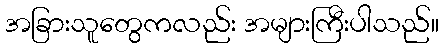
အခြားသူတွေကလည်း အများကြီးပါသည်။